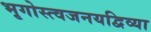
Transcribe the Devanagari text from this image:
भृगोस्त्वजनयद्विव्या